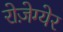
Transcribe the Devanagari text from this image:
रोज़ेग्येर